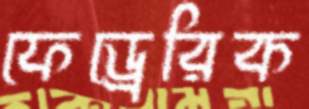
ফেড্রেরিক